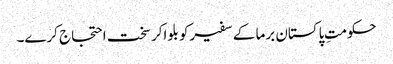
حکومتِ پاکستان برما کے سفیرکو بلواکر سخت احتجاج کرے۔